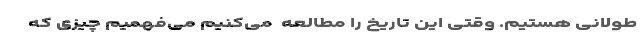
طولانی هستیم. وقتی این تاریخ را مطالعه ‌ می‌کنیم می‌فهمیم چیزی که